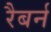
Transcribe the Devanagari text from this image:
रैबर्न